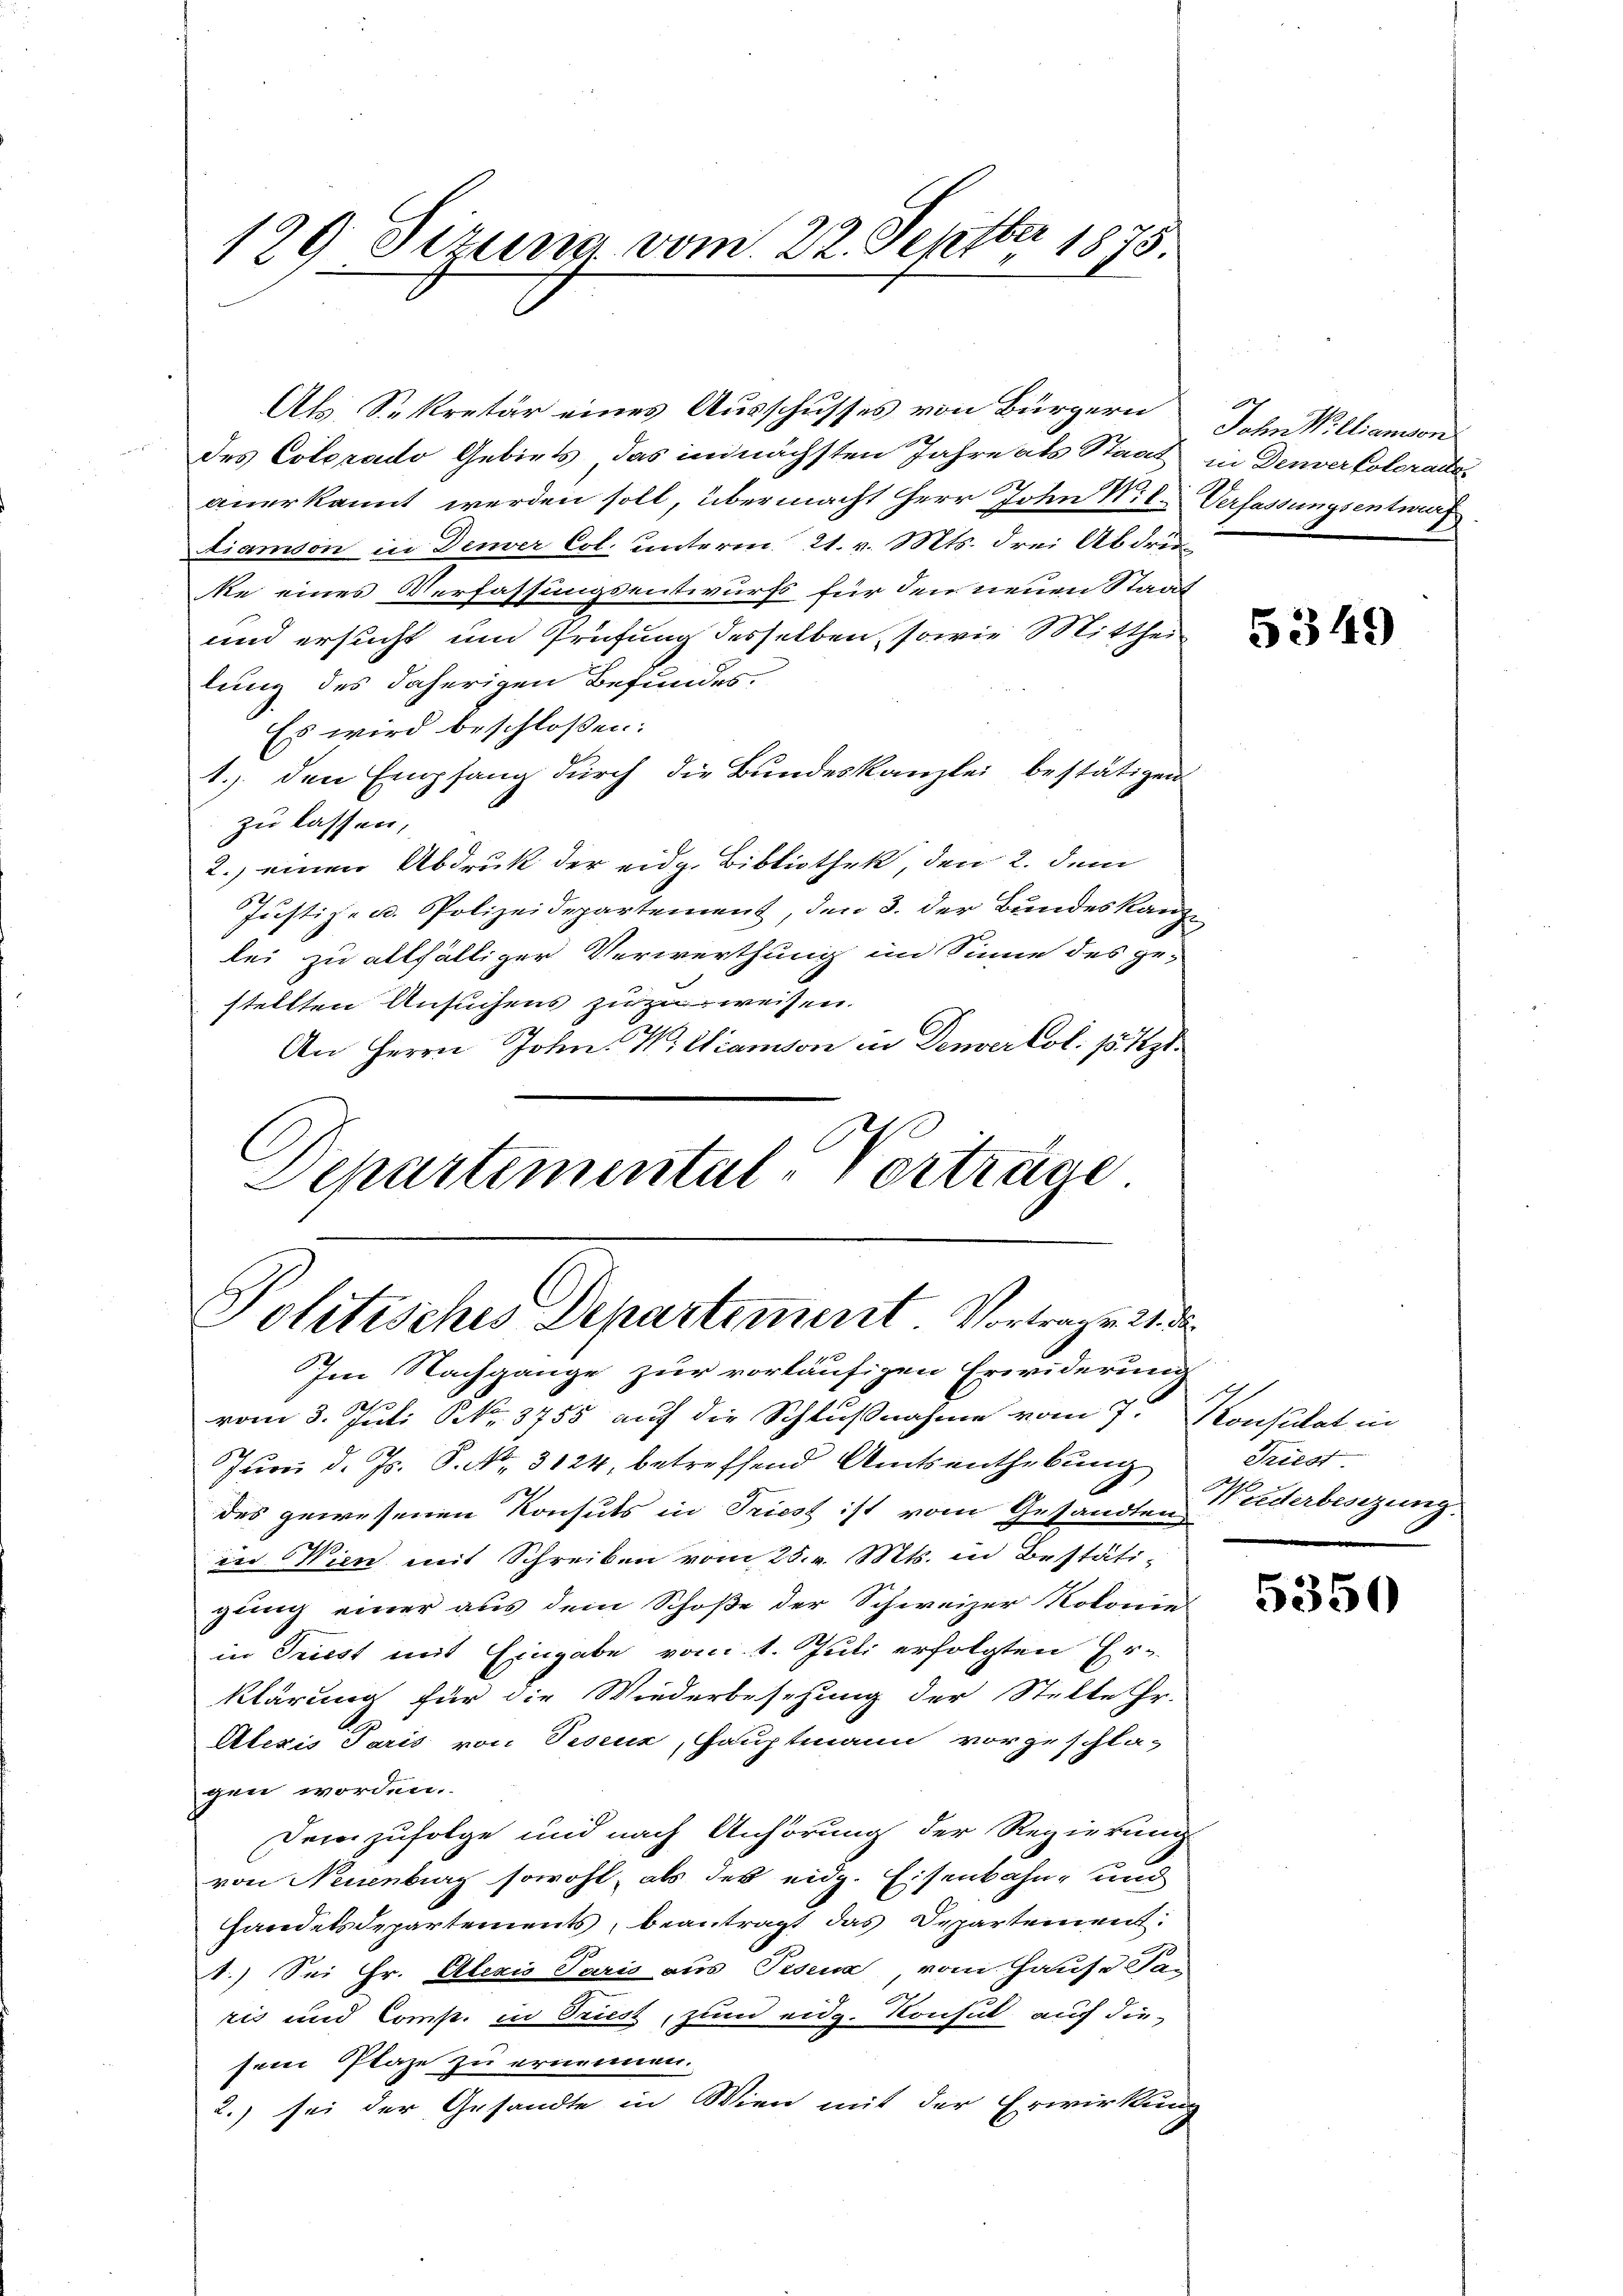
129 Dezung vom 22. Septber 1875.

Als Sekretär eines Ausschusses von Bürgern
des Colorado Gebiets, das im nächsten Jahre als Staat in Denverkoloractes
anerkannt werden soll, übermacht Herr John Mit Verfassungsentwurf
Liamson in Denver Col. unterm 21. v. Mts. drei Abdruc
ke eines Verfassungsentwurfs für den neuen Staat
und ersucht um Prüfung desselben, sowie Mitthei
lung des daherigen Befundes.
Es wird beschlossen:
1.) den Empfang durch die Bundeskanzlei bestätigen
zu lassen,
2.) einen Abdruk der eidg. Bibliothek, den 2. dem
Justiz- u. Polizeidepartement, den 3. der Bundeskanz
lei zu allfälliger Verwerthung im Sinne des gestellten Ansuchens zuzuweisen.
An Herrn John. Williamson in Denverkol: 15 Rp.
Schartemental-Vorträge.

Politisches Departement Vortrage 2. de
Im Nachgange zur vorläufigen Erwiderung

vom 3. Juli NNo. 3755 auf die Schlußnahme vom 7. Konsulat in
Juni d. Js. S. Nr. 3124, betreffend Amtsenthebung
des gewesenen Konsuls in Triest ist vom Gesandten Widerbesizung.
in Wien mit Schreiben vom 28. v. Mts. in Bestäti-
gung einer aus dem Schoße der Schweizer Kolonies
in Triest mit Eingabe vom 1. Juli erfolgten Erklärung für die Wiederbesetzung der Stelle Hr.
Alexis Paris von Teseuz, Hauptmann vorgeschla-
gen worden.
Demzufolge und nach Anhörung der Regierung
von Neuenburg sowohl, als des eidg. Eisenbahn- und
handelsdepartements, beantragt das Departement.
1.) Sei Hr. Alexis Paris aus Pisena, vom Hause dan
ris und Comp. in Triest, zum eidg. Konsul auf die-
sein Plaze zu ernennen.
2.) sei der Gesandte in Wien mit der Erwirkung

John Willianson

5349

e
Triest
e
e

5350